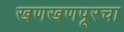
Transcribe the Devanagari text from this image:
खणखणपूरचा